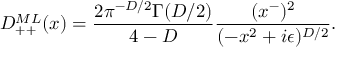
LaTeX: D _ { + + } ^ { M L } ( x ) = { \frac { 2 \pi ^ { - D / 2 } \Gamma ( D / 2 ) } { 4 - D } } { \frac { ( x ^ { - } ) ^ { 2 } } { ( - x ^ { 2 } + i \epsilon ) ^ { D / 2 } } } .